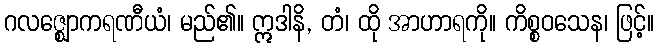
ဂလဇ္ဈောကရဏီယံ၊ မည်၏။ ဣဒါနိ, တံ၊ ထို အာဟာရကို။ ကိစ္စဝသေန၊ ဖြင့်။